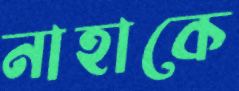
নাহাকে